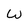
Character: W